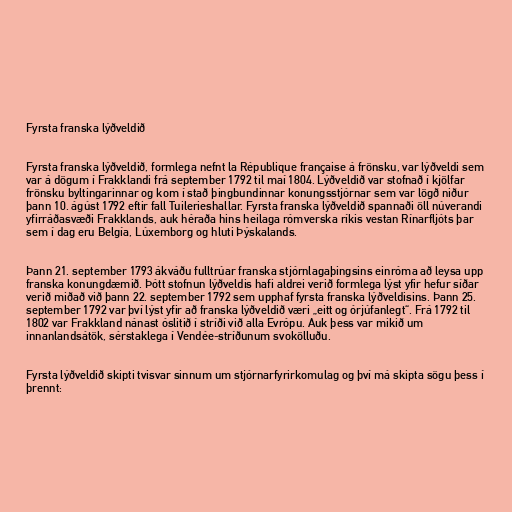
Fyrsta franska lýðveldið

Fyrsta franska lýðveldið, formlega nefnt la République française á frönsku, var lýðveldi sem
var á dögum í Frakklandi frá september 1792 til maí 1804. Lýðveldið var stofnað í kjölfar
frönsku byltingarinnar og kom í stað þingbundinnar konungsstjórnar sem var lögð niður
þann 10. ágúst 1792 eftir fall Tuilerieshallar. Fyrsta franska lýðveldið spannaði öll núverandi
yfirráðasvæði Frakklands, auk héraða hins heilaga rómverska ríkis vestan Rínarfljóts þar
sem í dag eru Belgía, Lúxemborg og hluti Þýskalands.

Þann 21. september 1793 ákváðu fulltrúar franska stjórnlagaþingsins einróma að leysa upp
franska konungdæmið. Þótt stofnun lýðveldis hafi aldrei verið formlega lýst yfir hefur síðar
verið miðað við þann 22. september 1792 sem upphaf fyrsta franska lýðveldisins. Þann 25.
september 1792 var því lýst yfir að franska lýðveldið væri „eitt og órjúfanlegt“. Frá 1792 til
1802 var Frakkland nánast óslitið í stríði við alla Evrópu. Auk þess var mikið um
innanlandsátök, sérstaklega í Vendée-stríðunum svokölluðu.

Fyrsta lýðveldið skipti tvisvar sinnum um stjórnarfyrirkomulag og því má skipta sögu þess í
þrennt: